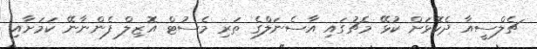
ޗެލްސީއާ ދެކޮޅަށް ކުޅޭ މެޗުގައި އާސެނަލްގެ ތަރި މެސުޓް އޮޒިލް ފެންނާނޭ ކަމަށާއި